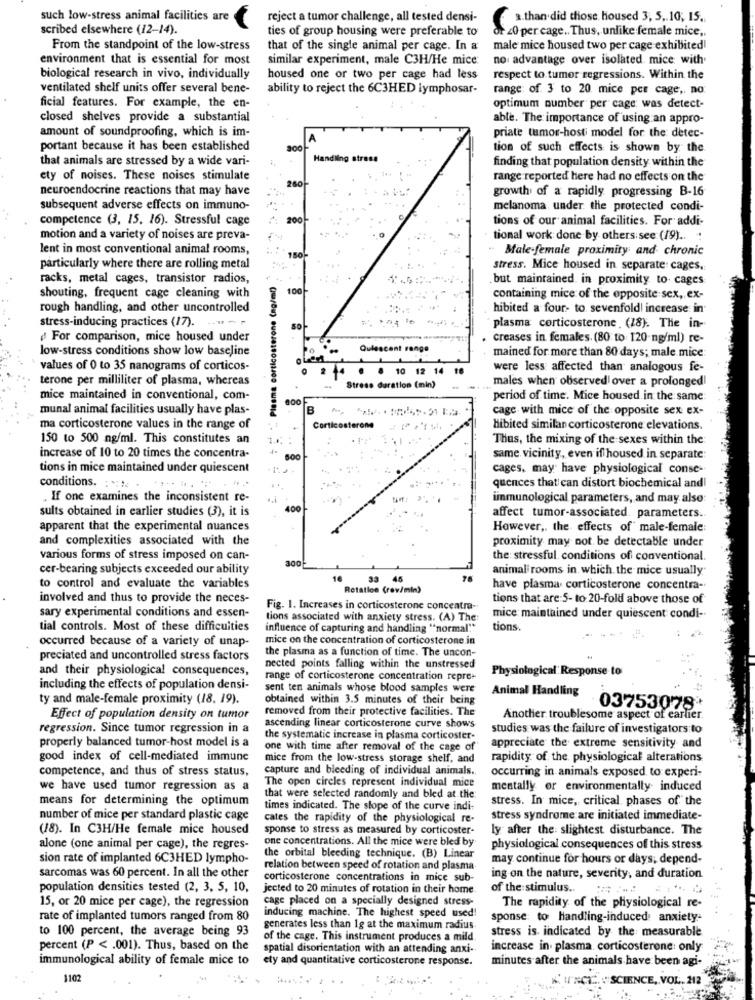
such low-stress animal facilities are
reject a tumor challenge, all tested densi-
a.than did those housed 3, 5 ,. 10; 15.
scribed elsewhere (12-14).
ties of group housing were preferable to
OF 20 per.cage .. Thus, unlike female mice ,.
From the standpoint of the low-stress
that of the single animal per cage. In a
male mice housed two per cage exhibited!
environment that is essential for most
similar experiment, male C3H/He mice
no: advantage over isolated mice with
biological research in vivo, individually
housed one or two per cage had less
respect to tumor regressions. Within the
ventilated shelf units offer several bene-
ability to reject the 6C3HED lymphosar-
range: of 3 to 20 mice per cage, no
ficial features. For example, the en-
optimum number per cage was detect-
closed shelves provide a substantial
able. The importance of using an appro-
amount of soundproofing, which is im-
priate tumor-hosti model for the: detec-
portant because it has been established
3:00-
tion of such effects is shown by the
that animals are stressed by a wide vari-
Handling strase
finding that population density within the
ety of noises. These noises stimulate
250
range reported here had no effects on the
neuroendocrine reactions that may have
growth of a rapidly progressing B-16
subsequent adverse effects on immuno-
melanoma, under the protected condi-
competence (3, 15. 16). Stressful cage
200
tions of our animal facilities. For addi-
motion and a variety of noises are preva-
tional work done by others see (19) .. .
lent in most conventional animal rooms,
. Male-female proximity and chronic
150-
particularly where there are rolling metal
Stress. Mice housed in separate: cages.
racks, metal cages, transistor radios,
Plasma corticosterone (mg/ml)
but maintained in proximity to cages
100
shouting, frequent cage cleaning with
containing mice of the opposite sex, ex-
rough handling, and other uncontrolled
hibited a four- to sevenfold| increase in
.. .
stress-inducing practices (17).
plasma corticosterone (18). The in-
For comparison, mice housed under
creases in females. (80 to 120-ng/ml) re-
low-stress conditions show low baseline
Quiescent range
mained for more than 80 days; male mice:
values of 0 to 35 nanograms of corticos-
. . 10 12 14 1
were less: affected than analogous fe-
terone per milliliter of plasma, whereas
males when observed over a prolonged!
Stress duration (min)
mice maintained in conventional, com-
period of time. Mice housed in the same:
munal animal facilities usually have plas-
cage with mice of the opposite sex ex-
ma corticosterone values in the range of
Corticosterone
.....
hibited similar corticosterone elevations.
150 to 500 ng/ml. This constitutes an
Thus, the mixing of the sexes within the
increase of 10 to 20 times the concentra-
500
same. vicinity, even if housed in separate
tions in mice maintained under quiescent
cages, may have physiological conse-
conditions. : **
quences that can distort biochemical and!
. If one examines the inconsistent re-
...
immunological parameters, and may also
sults obtained in earlier studies (3), it is
400
affect tumor-associated. parameters ..
apparent that the experimental nuances
However ,. the effects of male-female:
and complexities associated with the
proximity may not be detectable under
various forms of stress imposed on can-
300
the: stressful conditions of conventional.
cer-bearing subjects exceeded our ability
animal rooms in which the mice usually
16
46
76
to control and evaluate the variables
Retatice (rev/min)
have plasma corticosterone concentra-
involved and thus to provide the neces-
tions that are:5- to:20-fold above those of
Fig. 1. Increases in corticosterone concentra-
sary experimental conditions and essen-
tions associated with anxiety stress. (A) The
mice: maintained under quiescent condi-
tial controls. Most of these difficulties
influence of capturing and handling "normal""
tions.
occurred because of a variety of unap-
mice on the concentration of corticosterone in
the plasma as a function of time. The uncon-
preciated and uncontrolled stress factors
and their physiological consequences,
nected points falling within the unstressed
Physiological Response to
range of corticosterone concentration repre-
including the effects of population densi-
sent ten animals whose blood samples were
Animal Handling
ty and male-female proximity (18, 19).
obtained within 3.5 minutes of their being
removed from their protective facilities. The
03753078*
Effect of population density on tumor
Another troublesome aspect of earlier.
regression. Since tumor regression in a
ascending linear corticosterone curve shows
studies was the failure of investigators to
properly balanced tumor-host model is a
the systematic increase in plasma corticoster-
one with time after removal of the cage of
appreciate the extreme sensitivity and
good index of cell-mediated immune
mice from the low-stress storage shelf, and
rapidity of the physiological alterations
competence, and thus of stress status,
capture and bleeding of individual animals.
occurring in animals exposed to experi-
The open circles represent individual mice
we have used tumor regression as a
mentally or environmentally induced
means for determining the optimum
that were selected randomly and bled at the:
stress. In mice, critical phases of the
times indicated. The slope of the curve indi-
number of mice per standard plastic cage
cates the rapidity of the physiological re-
stress syndrome are initiated immediate-
(18). In C3H/He female mice housed
sponse to stress as measured by corticoster-
ly after the slightest disturbance. The
one concentrations. All the mice were bled by
alone (one animal per cage), the regres-
physiological consequences of this stress
sion rate of implanted 6C3HED lympho-
the orbital bleeding technique. (B) Linear
may continue for hours or days, depend-
sarcomas was 60 percent. In all the other
relation between speed of rotation and plasma.
corticosterone concentrations in mice sub-
ing on the nature, severity, and duration
population densities tested (2, 3, 5, 10,
jected to 20 minutes of rotation in their home
of the stimulus .. ..
cage placed on a specially designed stress-
15, or 20 mice per cage), the regression
inducing machine. The highest speed used!
The rapidity of the physiological re-
rate of implanted tumors ranged from 80
sponse: to Handling-induced anxiety-
to 100 percent, the average being 93
generates less than 1g at the maximum radius.
of the cage. This instrument produces a mild
stress is indicated by the measurable
percent (P < . 001). Thus, based on the
spatial disorientation with an attending anxi-
increase in. plasma. corticosterone: only
immunological ability of female mice to
ety and quantitative corticosterone response.
minutes after the animals have been agi-
1102
SCIENCE,
OL. 212